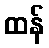
ထန်